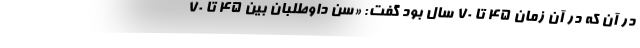
در آن که در آن زمان ۴۵ تا ۷۰ سال بود گفت: «سن داوطلبان بین ۴۵ تا ۷۰